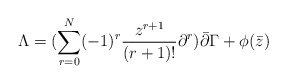
\begin{align*}\Lambda =(\sum_{r=0}^{N} (-1)^r \frac{z^{r+1}}{(r+1)!} \partial^r )\bar \partial \Gamma + \phi (\bar z )\end{align*}